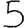
Digit: 5